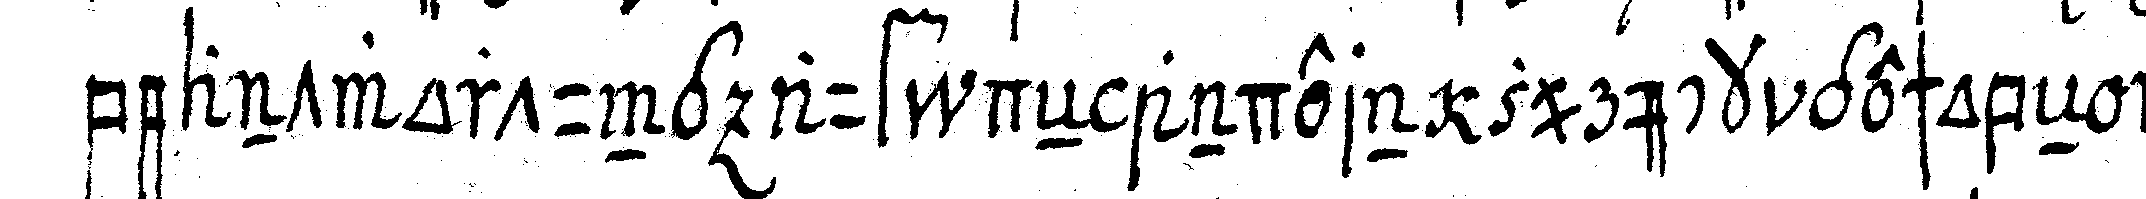
beantwortung auf deN andern zurück geschobeN i . .